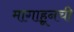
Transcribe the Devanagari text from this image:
मागाहूनची